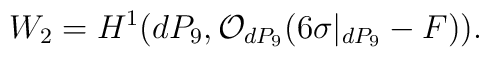
W_2 = H^{1}(dP_9, {\cal O}_{dP_9}(6 \sigma|_{dP_9} -F)).